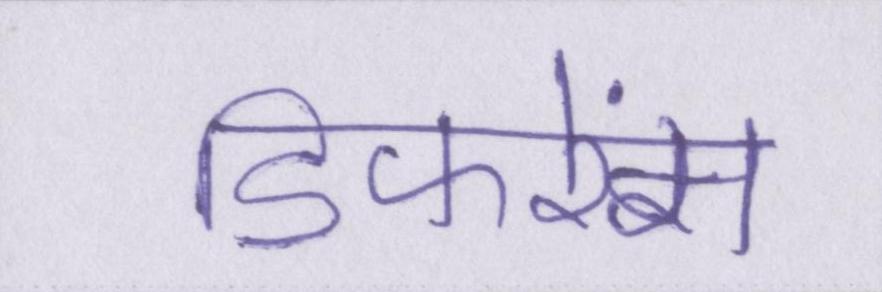
डिफरेंस